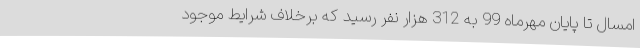
امسال تا پایان مهرماه 99 به 312 هزار نفر رسید که برخلاف شرایط موجود